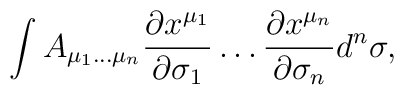
\int A_{\mu_{1} \ldots \mu_{n}} {\partial x^{\mu_{1}}\over \partial \sigma_1}\ldots {\partial x^{\mu_{n}}\over\partial\sigma_n} d^n \sigma,